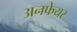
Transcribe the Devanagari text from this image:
अनफेयर